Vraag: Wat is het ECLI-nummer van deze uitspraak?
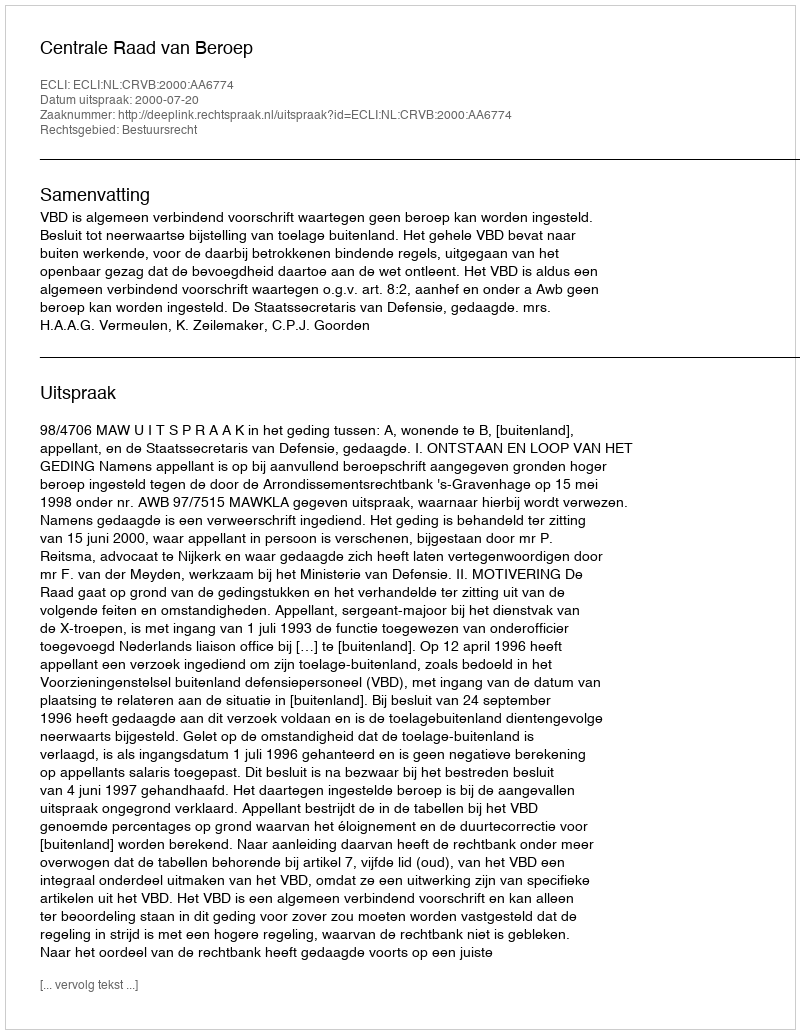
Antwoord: ECLI:NL:CRVB:2000:AA6774